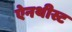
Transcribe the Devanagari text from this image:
ऐनथीस्ट